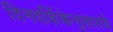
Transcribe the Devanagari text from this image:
दिनदर्शिकेनुसारचे